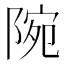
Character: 𨺋